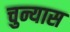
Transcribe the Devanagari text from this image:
चुन्यास